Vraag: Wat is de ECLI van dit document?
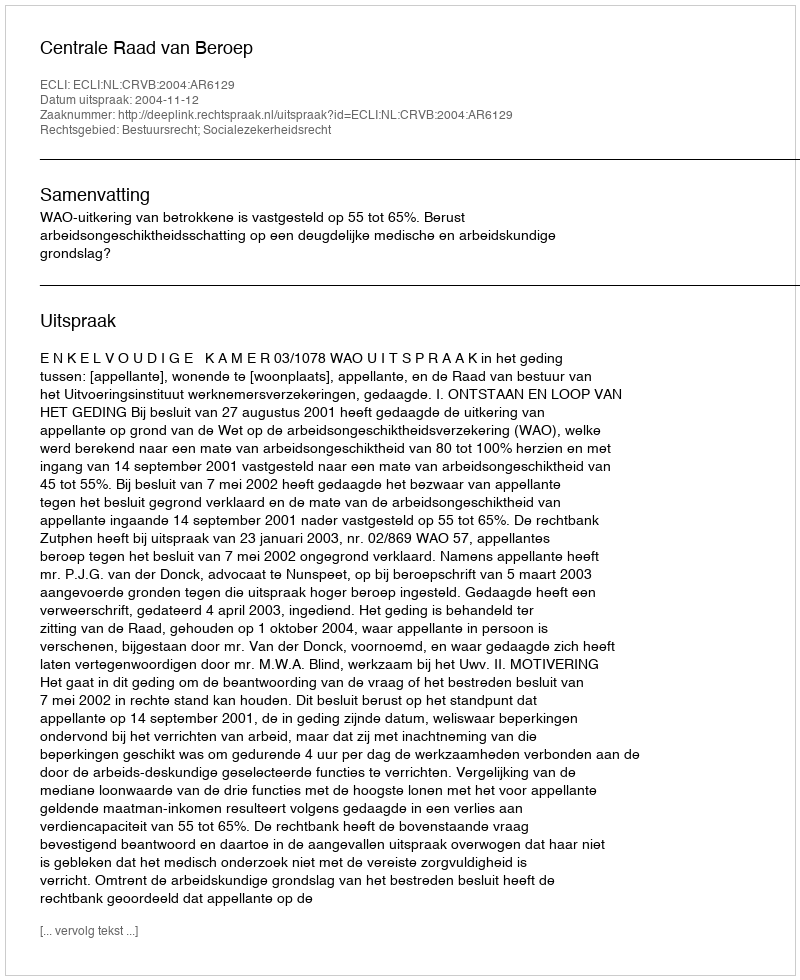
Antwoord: ECLI:NL:CRVB:2004:AR6129